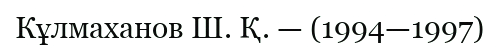
Кұлмаханов Ш. Қ. — (1994—1997)